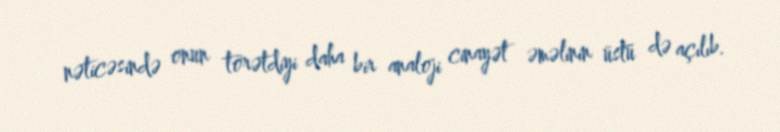
nəticəsində onun törətdiyi daha bir analoji cinayət əməlinin üstü də açılıb.